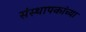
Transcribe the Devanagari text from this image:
संस्थापकांच्या